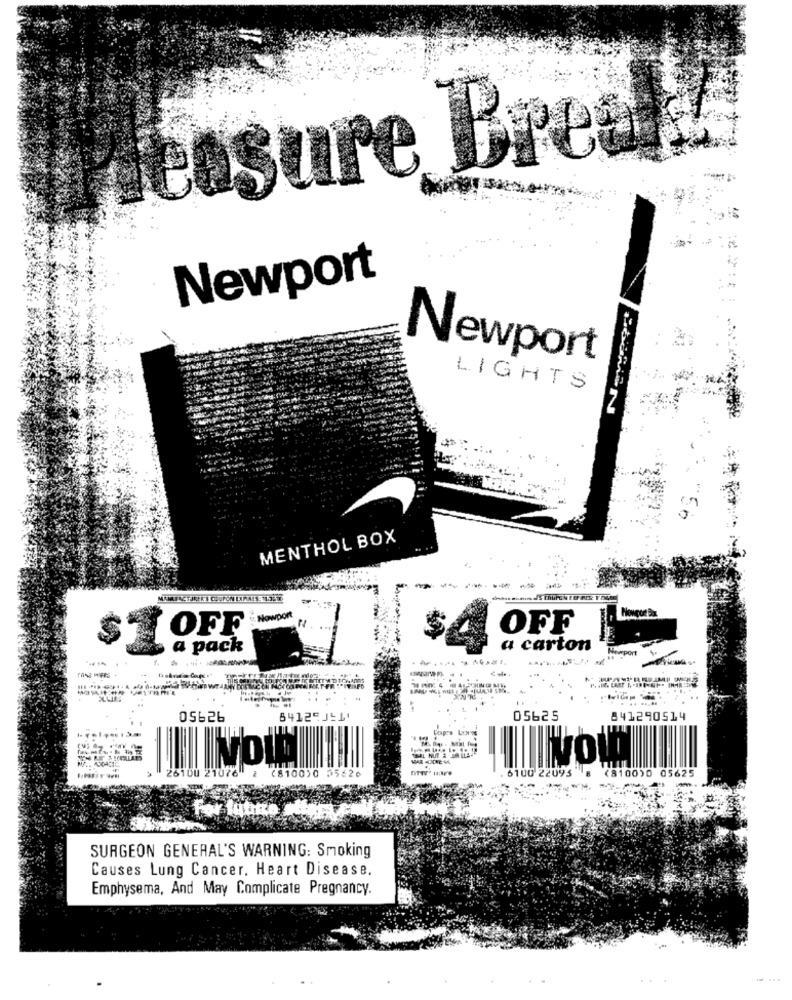
besure Bres
Newport
Newport
LIGHTS
MENTHOL BOX
Nowport
OFF
OFF
$
a pack
a carton
Numpont
..
SONTTE
05626
64125J-1
05625
841290514
-
26100
810010 35626
. 6100 22095
(8100)0 05625
SURGEON GENERAL'S WARNING: Smoking
Causes Lung Cancer. Heart Disease.
Emphysema, And May Complicate Pregnancy.
-.